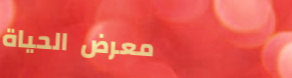
معرض الحياة